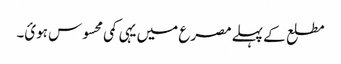
مطلع کے پہلے مصرع میں یہی کمی محسوس ہوئ۔